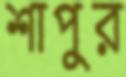
শাপুর